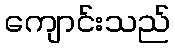
ကျောင်းသည်